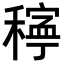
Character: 𥢃